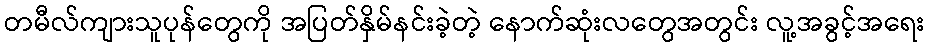
တမီလ်ကျားသူပုန်တွေကို အပြတ်နှိမ်နင်းခဲ့တဲ့ နောက်ဆုံးလတွေအတွင်း လူ့အခွင့်အရေး